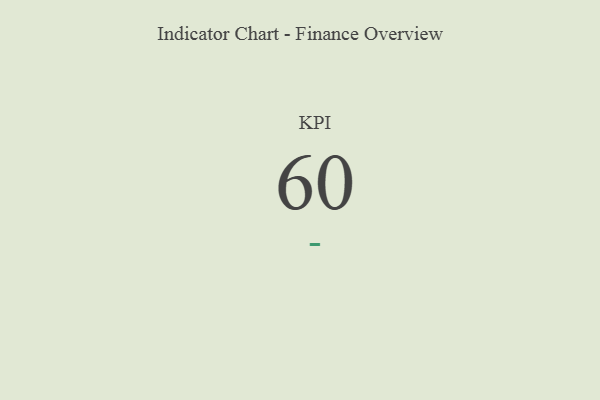
{"axis": {"x": "KPI", "y": "Value"}, "legend": [""], "data": [{"x": "KPI", "y": 60, "type": ""}]}